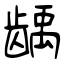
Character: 龋